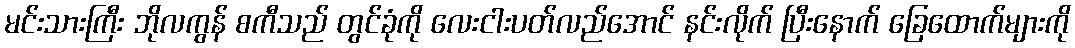
မင်းသားကြီး ဘိုလကွန် စကီသည် တွင်ခုံကို လေးငါးပတ်လည်အောင် နင်းလိုက် ပြီးနောက် ခြေထောက်များကို